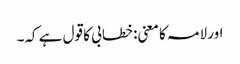
اور لامہ کا معنی: خطابی کا قول ہے کہ۔